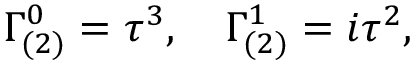
\Gamma _ { ( 2 ) } ^ { 0 } = \tau ^ { 3 } , \quad \Gamma _ { ( 2 ) } ^ { 1 } = i \tau ^ { 2 } ,